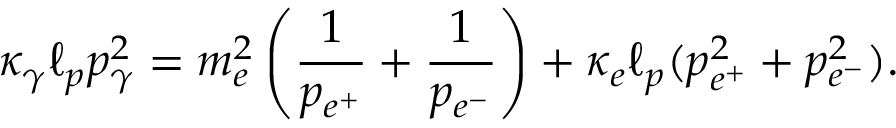
\kappa _ { \gamma } \ell _ { p } p _ { \gamma } ^ { 2 } = m _ { e } ^ { 2 } \left( \frac { 1 } { p _ { e ^ { + } } } + \frac { 1 } { p _ { e ^ { - } } } \right) + \kappa _ { e } \ell _ { p } ( p _ { e ^ { + } } ^ { 2 } + p _ { e ^ { - } } ^ { 2 } ) .